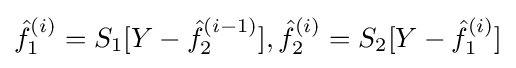
{\hat {f}}_{1}^{(i)}=S_{1}[Y-{\hat {f}}_{2}^{(i-1)}],{\hat {f}}_{2}^{(i)}=S_{2}[Y-{\hat {f}}_{1}^{(i)}]